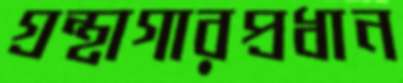
গ্রন্থাগারপ্রধান